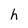
Character: h